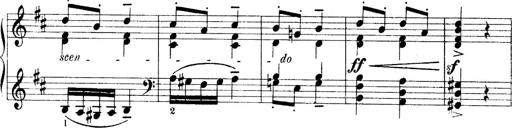
Title: 4 Sonatines
Composer: Max Reger